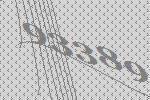
93389